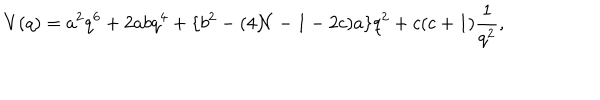
V ( q ) = a ^ { 2 } q ^ { 6 } + 2 a b q ^ { 4 } + \{ b ^ { 2 } - ( 4 { \cal N } - 1 - 2 c ) a \} q ^ { 2 } + c ( c + 1 ) \frac { 1 } { q ^ { 2 } } ,